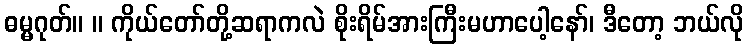
ဓမ္မဂုတ်။ ။ ကိုယ်တော်တို့ဆရာကလဲ စိုးရိမ်အားကြီးမဟာပေါ့နော်၊ ဒီတော့ ဘယ်လို